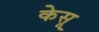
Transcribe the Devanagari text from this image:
केसू